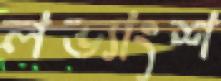
লভ্যাংশ